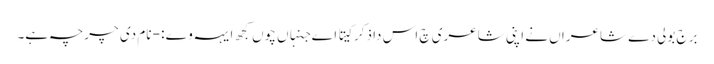
برج بولی دے شاعراں نے اپنی شاعری چ اس دا ذکر کیتا اے جنہاں چوں کجھ ایہہ وے :- نام دی چرچہ ہے۔